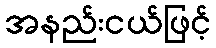
အနည်းငယ်ဖြင့်